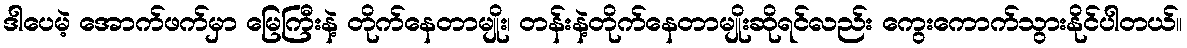
ဒါပေမဲ့ အောက်ဖက်မှာ မြေကြီးနဲ့ တိုက်နေတာမျိုး၊ တန်းနဲ့တိုက်နေတာမျိုးဆိုရင်လည်း ကွေးကောက်သွားနိုင်ပါတယ်။